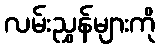
လမ်းညွှန်များကို